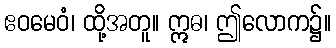
ဧဝမေဝံ၊ ထို့အတူ။ ဣဓ၊ ဤလောက၌။